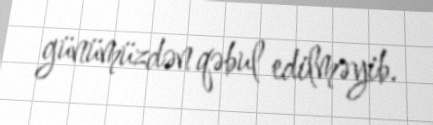
günümüzdən qəbul edilməyib.